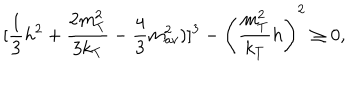
[ { \frac { 1 } { 3 } } h ^ { 2 } + { \frac { 2 m _ { T } ^ { 2 } } { 3 k _ { T } } } - { \frac { 4 } { 3 } } m _ { a v } ^ { 2 } ) ] ^ { 3 } - \left( { \frac { m _ { T } ^ { 2 } } { k _ { T } } } h \right) ^ { 2 } \geq 0 ,